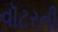
વૉટરની